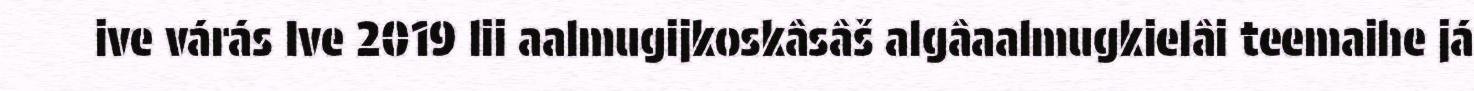
ive várás Ive 2019 lii aalmugijkoskâsâš algâaalmugkielâi teemaihe já